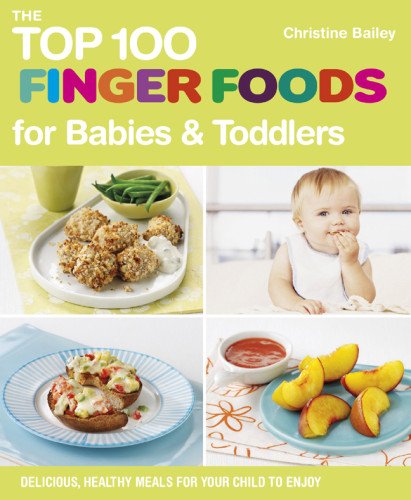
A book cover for The Top 100 Finger Foods for Babies & Toddlers: Delicious, Healthy Meals for Your Child to Enjoy (The Top 100 Recipes Series); Christine Bailey; Cookbooks, Food & Wine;